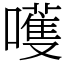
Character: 嚄